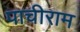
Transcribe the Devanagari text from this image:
पाचीराम